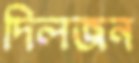
দিলজন